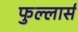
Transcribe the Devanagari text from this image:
फुल्लार्स